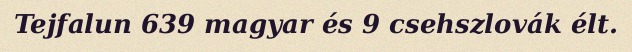
Tejfalun 639 magyar és 9 csehszlovák élt.